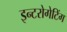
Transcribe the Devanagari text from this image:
इन्टरोगेटिंग